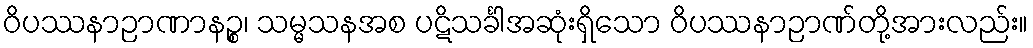
ဝိပဿနာဉာဏာနဉ္စ၊ သမ္မသနအစ ပဋိသင်္ခါအဆုံးရှိသော ဝိပဿနာဉာဏ်တို့အားလည်း။